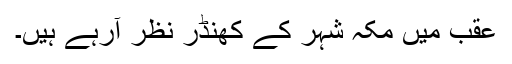
عقب میں مکہ شہر کے کھنڈر نظر آرہے ہیں۔